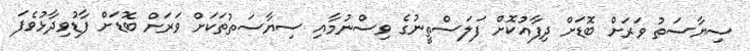
ސިޔާސަތު ވަރަށް ބޮޑަށް ދިފާއުކޮށް ފަލަސްތީނުގެ ވިސްނުމާއި ސިޔާސަތުތަކަށް ވަރަށް ބޮޑަށް ފާޑުވިދާޅުވެފަ